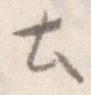
と